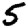
Digit: 5